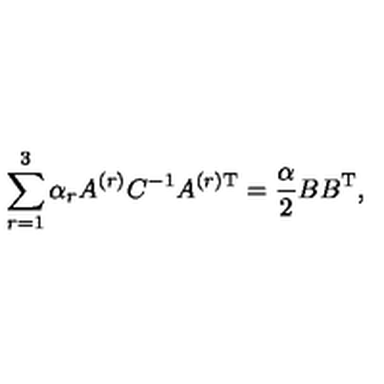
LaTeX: \sum _ { r = 1 } ^ { 3 } \alpha _ { r } A ^ { ( r ) } C ^ { - 1 } A ^ { ( r ) \mathrm { T } } = \frac { \alpha } { 2 } B B ^ { \mathrm { T } } ,